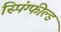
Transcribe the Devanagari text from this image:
स्पिंग्फील्ड